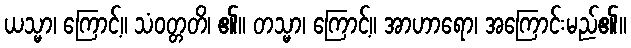
ယသ္မာ၊ ကြောင့်။ သံဝတ္တတိ၊ ၏။ တသ္မာ၊ ကြောင့်။ အာဟာရော၊ အကြောင်းမည်၏။